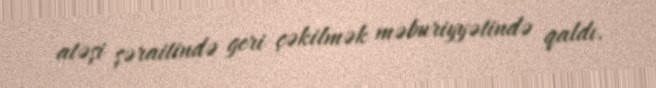
atəşi şəraitində geri çəkilmək məburiyyətində qaldı.